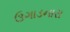
ઉગાડનારા